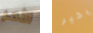
الأمر بخير